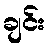
ချင်း